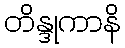
တိန္ဒုကာနိ